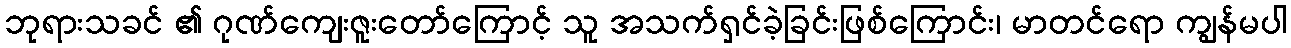
ဘုရားသခင် ၏ ဂုဏ်ကျေးဇူးတော်ကြောင့် သူ အသက်ရှင်ခဲ့ခြင်းဖြစ်ကြောင်း၊ မာတင်ရော ကျွန်မပါ